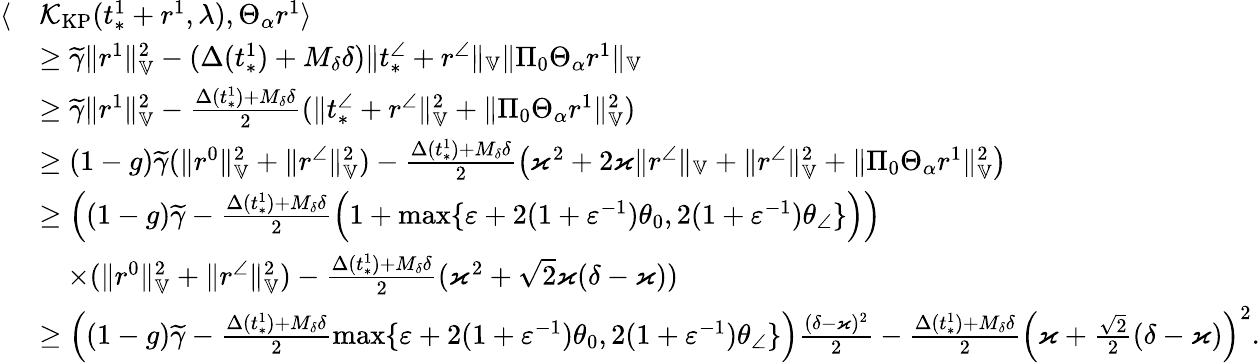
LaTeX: \begin{array}{rl}{\langle}&{\mathcal{K}_{\mathrm{KP}}(t_{*}^{1}+r^{1},\lambda),\Theta_{\alpha}r^{1}\rangle}\\ &{\ge\widetilde{\gamma}\| r^{1}\| _{\mathbb{V}}^{2}-(\Delta(t_{*}^{1})+M_{\delta}\delta)\| t_{*}^{\angle}+r^{\angle}\| _{\mathbb{V}}\| \Pi_{0}\Theta_{\alpha}r^{1}\| _{\mathbb{V}}}\\ &{\ge\widetilde{\gamma}\| r^{1}\| _{\mathbb{V}}^{2}-\frac{\Delta(t_{*}^{1})+M_{\delta}\delta}{2}(\| t_{*}^{\angle}+r^{\angle}\| _{\mathbb{V}}^{2}+\| \Pi_{0}\Theta_{\alpha}r^{1}\| _{\mathbb{V}}^{2})}\\ &{\ge(1-g)\widetilde{\gamma}(\| r^{0}\| _{\mathbb{V}}^{2}+\| r^{\angle}\| _{\mathbb{V}}^{2})-\frac{\Delta(t_{*}^{1})+M_{\delta}\delta}{2}\left(\varkappa^{2}+2\varkappa\| r^{\angle}\| _{\mathbb{V}}+\| r^{\angle}\| _{\mathbb{V}}^{2}+\| \Pi_{0}\Theta_{\alpha}r^{1}\| _{\mathbb{V}}^{2}\right)}\\ &{\ge\left((1-g)\widetilde{\gamma}-\frac{\Delta(t_{*}^{1})+M_{\delta}\delta}{2}\Big(1+\operatorname*{max}\{ \varepsilon+2(1+\varepsilon^{-1})\theta_{0},2(1+\varepsilon^{-1})\theta_{\angle}\} \Big)\right)}\\ &{\quad\times(\| r^{0}\| _{\mathbb{V}}^{2}+\| r^{\angle}\| _{\mathbb{V}}^{2})-\frac{\Delta(t_{*}^{1})+M_{\delta}\delta}{2}(\varkappa^{2}+\sqrt{2}\varkappa(\delta-\varkappa))}\\ &{\ge\left((1-g)\widetilde{\gamma}-\frac{\Delta(t_{*}^{1})+M_{\delta}\delta}{2}\operatorname*{max}\{ \varepsilon+2(1+\varepsilon^{-1})\theta_{0},2(1+\varepsilon^{-1})\theta_{\angle}\} \right)\frac{(\delta-\varkappa)^{2}}{2}-\frac{\Delta(t_{*}^{1})+M_{\delta}\delta}{2}\left(\varkappa+\frac{\sqrt{2}}{2}(\delta-\varkappa)\right)^{2}.}\end{array}